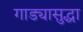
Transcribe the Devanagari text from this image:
गाड्यासुद्धा